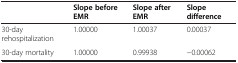
<table><thead><tr><td><b> </b></td><td><b>Slope before EMR</b></td><td><b>Slope after EMR</b></td><td><b>Slope difference</b></td></tr></thead><tbody><tr><td>30-day rehospitalization</td><td>1.00000</td><td>1.00037</td><td>0.00037</td></tr><tr><td>30-day mortality</td><td>1.00000</td><td>0.99938</td><td>−0.00062</td></tr></tbody></table>